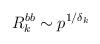
LaTeX: \begin{align*}R_k^{bb}\sim p^{1/\delta_k}\end{align*}